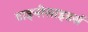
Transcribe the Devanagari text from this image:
टाइनीसाइडर्स